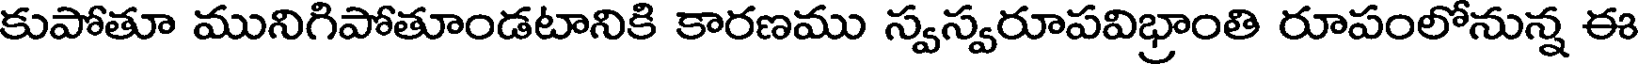
కుపోతూ మునిగిపోతూండటానికి కారణము స్వస్వరూపవిభ్రాంతి రూపంలోనున్న ఈ